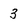
Character: 3